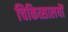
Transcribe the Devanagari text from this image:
चिकित्सालयौं